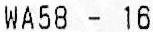
WA58 - 16